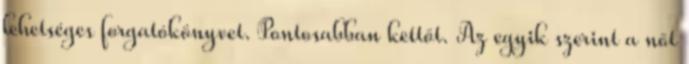
lehetséges forgatókönyvet. Pontosabban kettőt. Az egyik szerint a nőt